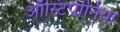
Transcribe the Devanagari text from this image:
ऑस्टिपीनिया